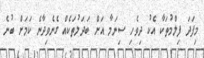
މިފަދަ ފިލްމުތަކާ އެކު ދިވެހި ސިނަމާ އަށް ބަދަލުތަކެއް ގެނެވިދާނެ ކަމަށް ބުނެ